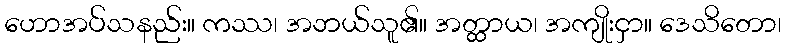
ဟောအပ်သနည်း။ ကဿ၊ အဘယ်သူ၏။ အတ္ထာယ၊ အကျိုးငှာ။ ဒေသိတော၊